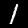
Label: 1